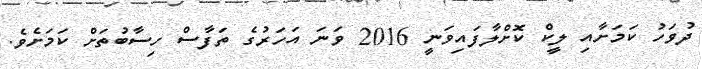
ދުވަހު ކަމަށާއި ލީކް ކޮށްލާފައިވަނީ 2016 ވަނަ އަހަރުގެ ތަފާސް ހިސާބުތަށް ކަމަށެވެ.